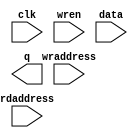

module simple_ram
  #(parameter width     = 1,
    parameter widthad   = 4
    )
   (
    input 		   clk,
    
    input [widthad-1:0]    wraddress,
    input 		   wren,
    input [width-1:0] 	   data,
    
    input [widthad-1:0]    rdaddress,
    output reg [width-1:0] q
    );

reg [width-1:0] mem [(2**widthad)-1:0];

always @(posedge clk) begin
    if(wren) mem[wraddress] <= data;
    
end
always @(posedge clk) begin
    if(wren) mem[wraddress] <= data;
    
end



always @(posedge clk) begin
    if(wren) mem[1] <= data;
    if(wren) mem[2] <= data;
    if(wren) mem[3] <= data;
    if(wren) mem[4] <= data;
    
end

always @(posedge clk) begin
    if(wren) mem[6] <= data;
    if(wren) mem[7] <= data;
    if(wren) mem[8] <= data;
    if(wren) mem[9] <= data;
    
end

always @(posedge clk) begin
    if(wren) mem[11] <= data;
    if(wren) mem[12] <= data;
    if(wren) mem[13] <= data;
    if(wren) mem[14] <= data;
    
end
endmodule